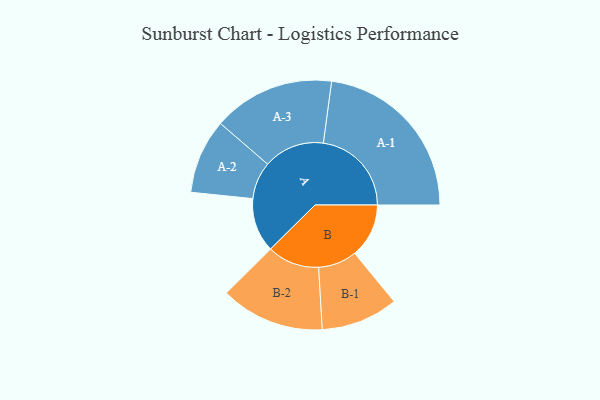
{"axis": {"x": "Segment", "y": "Value"}, "legend": ["", "A", "B"], "data": [{"x": "A", "y": 177, "type": ""}, {"x": "B", "y": 177, "type": ""}, {"x": "A-1", "y": 288, "type": "A"}, {"x": "A-2", "y": 122, "type": "A"}, {"x": "A-3", "y": 199, "type": "A"}, {"x": "B-1", "y": 126, "type": "B"}, {"x": "B-2", "y": 170, "type": "B"}]}